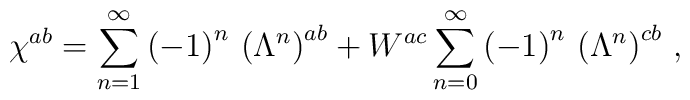
\chi^{ab}=\sum_{n=1}^\infty\left(-1\right)^n\,\left(\Lambda^n\right)^{ab}+W^{ac}\sum_{n=0}^\infty\left(-1\right)^n\,\left(\Lambda^n\right)^{cb}\,,